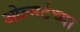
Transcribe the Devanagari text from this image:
ओल्मर्टच्या